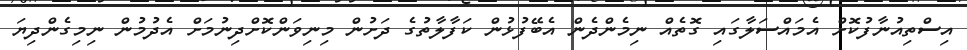
އިސްތިއުނާފުކޮށް އެމައްސަލާގައި ގޮތެއް ނިމެންދެން އެބޭފުޅުން ކަފާލާތުގެ ދަށުން މިނިވަންކޮށްދިނުމަށް އެދުމުން ނިމިގެންދިޔަ